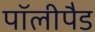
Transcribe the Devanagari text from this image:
पॉलीपैड